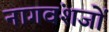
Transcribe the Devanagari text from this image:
नागवंशजों